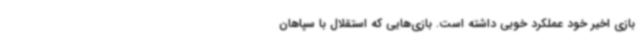
بازی اخیر خود عملکرد خوبی داشته است. بازی‌هایی که استقلال با سپاهان